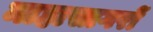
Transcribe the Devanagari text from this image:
माहासागरों